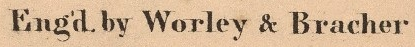
Eng'd by Worley & Bracher